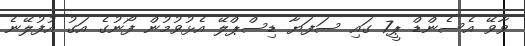
ވާވޭ އެސެންޑް ޕީ7 ގައި ސަފަޔާ ޑިސްޕްލޭ އެޅުވުމުން ފޯނުގެ އަގު އުފުލޭނެ